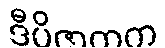
ဒီပိဇာတက